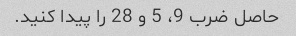
حاصل ضرب 9، 5 و 28 را پیدا کنید.